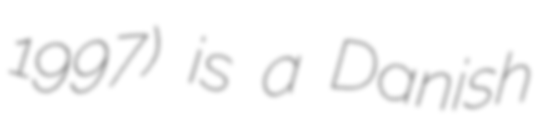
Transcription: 1997) is a Danish